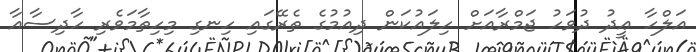
އަލްހާ ޢީދު ދުވަހު ޖަމްރާއަށް ހިލައުކަން ދިއުމުގެ ތެރޭގައި ހިނގި މިހިތާމަވެރި ހާދިސާއާ